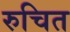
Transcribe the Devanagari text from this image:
रुचित